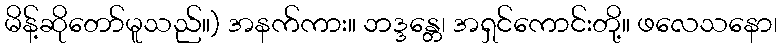
မိန့်ဆိုတော်မူသည်။) အနက်ကား။ ဘဒ္ဒန္တေ၊ အရှင်ကောင်းတို့။ ဖလေသနော၊